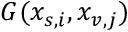
G ( x _ { s , i } , x _ { v , j } )